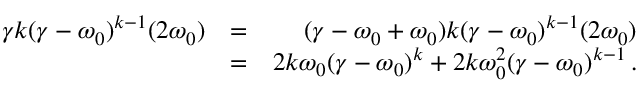
\begin{array} { r l r } { \gamma k ( \gamma - \omega _ { 0 } ) ^ { k - 1 } ( 2 \omega _ { 0 } ) } & { = } & { ( \gamma - \omega _ { 0 } + \omega _ { 0 } ) k ( \gamma - \omega _ { 0 } ) ^ { k - 1 } ( 2 \omega _ { 0 } ) } \\ & { = } & { 2 k \omega _ { 0 } ( \gamma - \omega _ { 0 } ) ^ { k } + 2 k \omega _ { 0 } ^ { 2 } ( \gamma - \omega _ { 0 } ) ^ { k - 1 } \, . } \end{array}